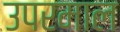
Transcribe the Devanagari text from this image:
उपरमाल